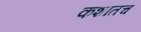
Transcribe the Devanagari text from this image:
कशातच